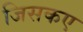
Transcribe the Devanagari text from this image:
जिसकए